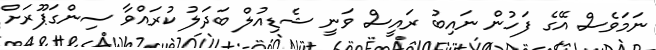
ނަމަވެސް އޭގެ ފަހުން ނައިބު ރައީސް ވަނީ ޝެޑިއުލް ބަދަލު ކުރައްވާ ސިންގަޕޫރަށް